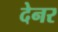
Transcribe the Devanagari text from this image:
देनर